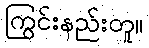
ကြွင်းနည်းတူ။